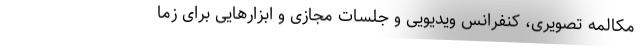
مکالمه تصویری، کنفرانس ویدیویی و جلسات مجازی و ابزارهایی برای زما